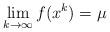
LaTeX: \begin{align*} \lim \limits_{k\rightarrow \infty }f(x^{k})=\mu\end{align*}